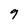
Character: 9